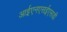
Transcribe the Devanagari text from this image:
आईएनएसईएसडी